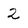
Character: 2